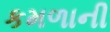
કમળાની